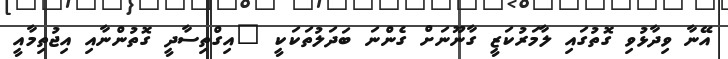
އޭނާ ވިދާޅުވި ގޮތުގައި ލާމަރުކަޒީ ގާނޫނަށް ގެންނަ ބަދަލުތަކަކީ "އިގްތިސާދީ ގޮތުންނާއި އިޖުތިމާއީ